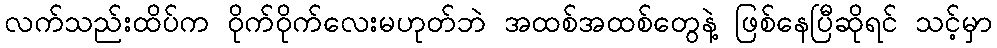
လက်သည်းထိပ်က ဝိုက်ဝိုက်လေးမဟုတ်ဘဲ အထစ်အထစ်တွေနဲ့ ဖြစ်နေပြီဆိုရင် သင့်မှာ